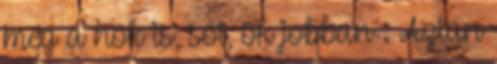
még a nők is, sőt, ők jobban : Aztán